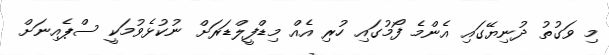
މި ވަގުތު ދުނިޔޭގައި އެންމެ ފޯމުގައި ހުރި އެއް މިޑްފީލްޑަރަށް ނުކުޅެވުމަކީ ސްޕެއިނަށް